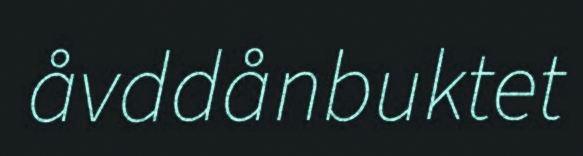
åvddånbuktet